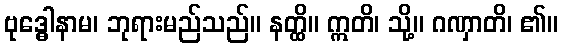
ဗုဒ္ဓေါနာမ၊ ဘုရားမည်သည်။ နတ္ထိ။ ဣတိ၊ သို့။ ဂဏှာတိ၊ ၏။